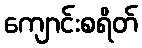
ကျောင်းစရိတ်